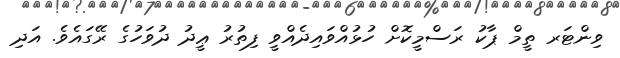
ވިންޓަރ ތީމް ޕާކު ރަސްމީކޮށް ހުޅުއްވައިދެއްވީ ފިތުރު ޢީދު ދުވަހުގެ ރޭގައެވެ. އަދި